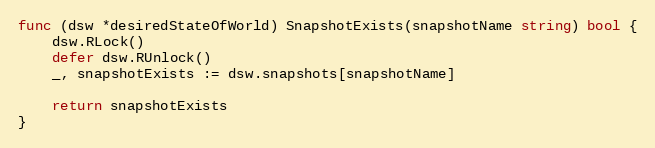
Language: Go
func (dsw *desiredStateOfWorld) SnapshotExists(snapshotName string) bool {
	dsw.RLock()
	defer dsw.RUnlock()
	_, snapshotExists := dsw.snapshots[snapshotName]

	return snapshotExists
}